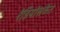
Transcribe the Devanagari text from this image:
रेडियोसंकेत